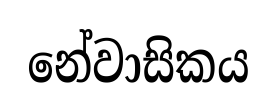
නේවාසිකය